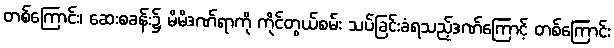
တစ်ကြောင်း၊ ဆေးစခန်း၌ မိမိဒဏ်ရာကို ကိုင်တွယ်စမ်း သပ်ခြင်းခံရသည့်ဒဏ်ကြောင့် တစ်ကြောင်း